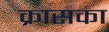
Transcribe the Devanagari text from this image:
क्रासका